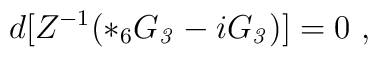
d [ Z^{-1} ( *_6 G_{\it 3} - i  G_{\it 3})] = 0\ ,